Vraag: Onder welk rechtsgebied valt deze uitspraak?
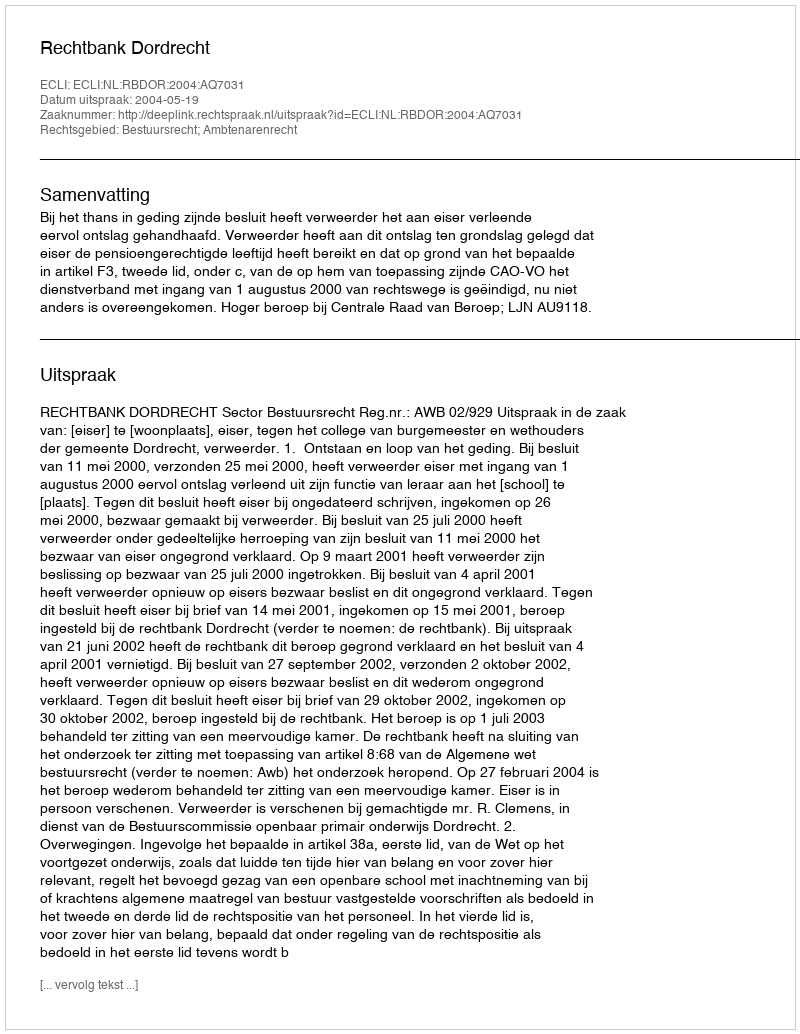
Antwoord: Bestuursrecht; Ambtenarenrecht